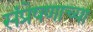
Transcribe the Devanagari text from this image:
संप्रेषणाच्या